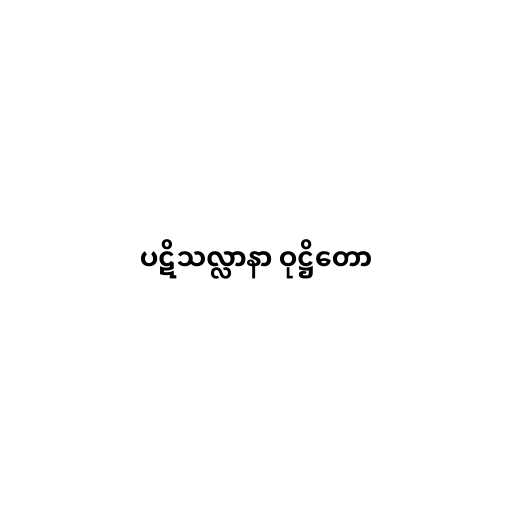
ပဋိသလ္လာနာ ဝုဋ္ဌိတော